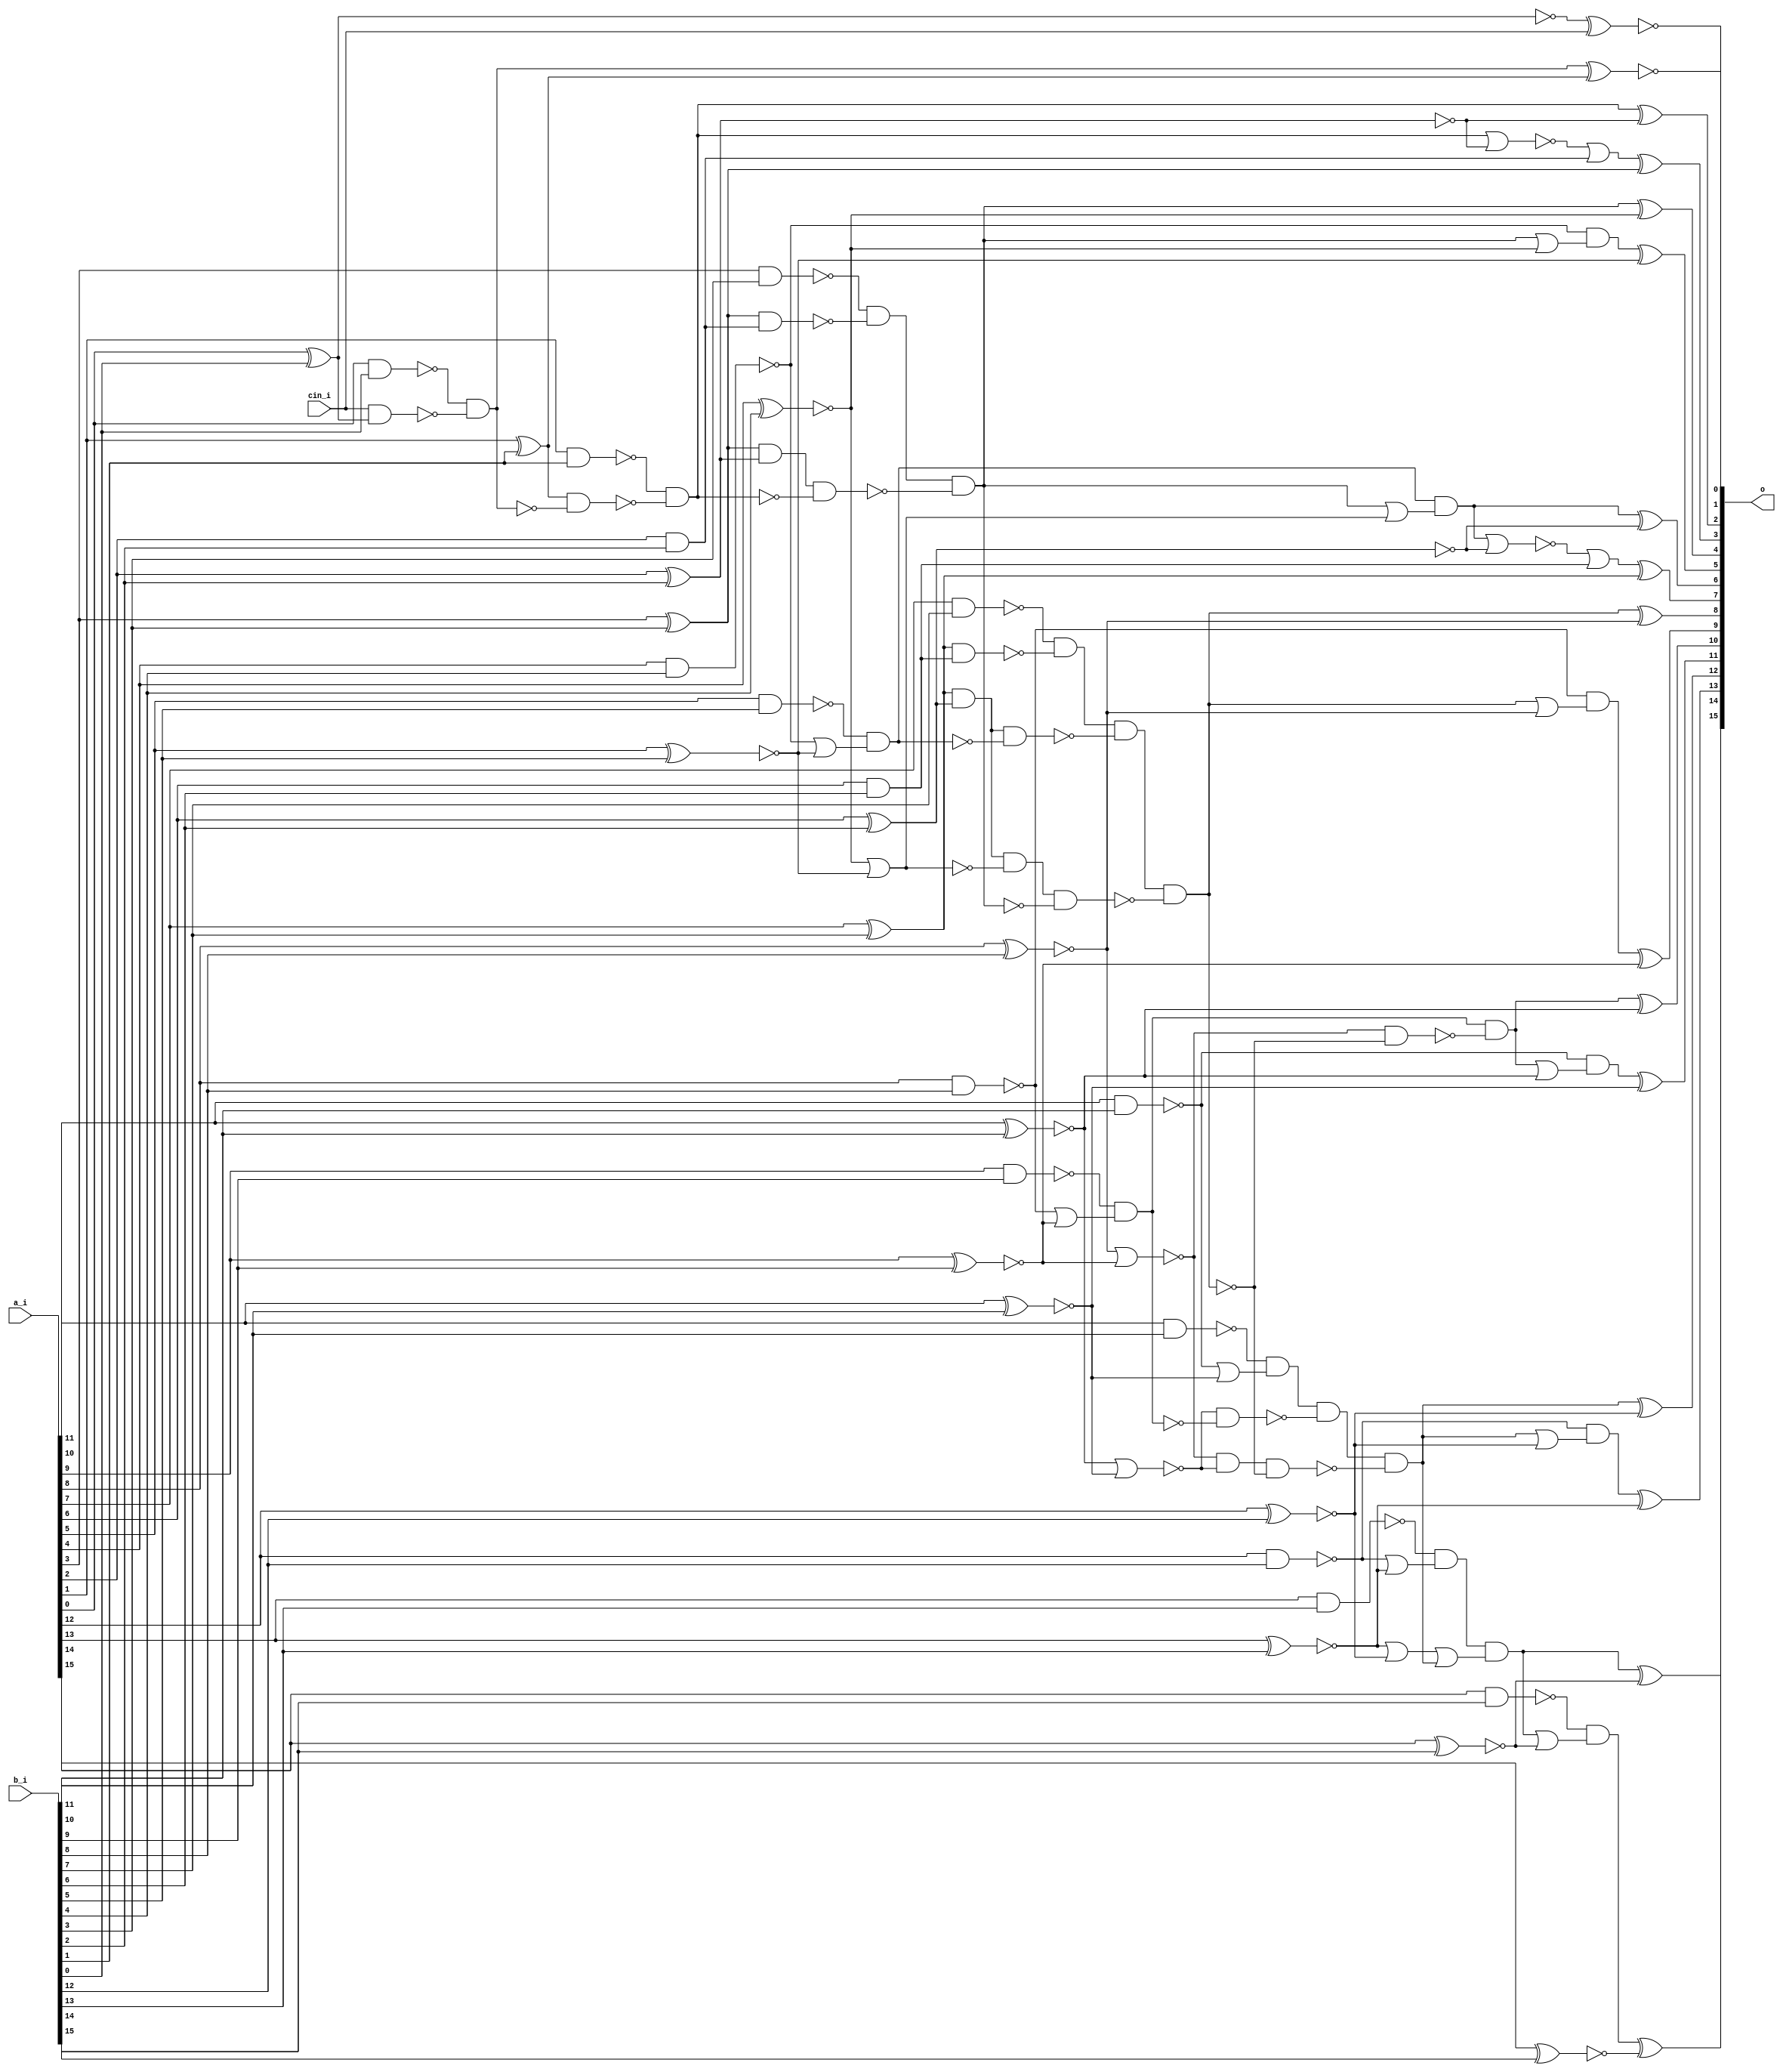
/* Generated by Yosys 0.27+9 (git sha1 101d19bb6, gcc 11.2.0-7ubuntu2 -fPIC -Os) */

(* top =  1  *)

module bsg_adder_cin(a_i, b_i, cin_i, o);
  wire _000_;
  wire _001_;
  wire _002_;
  wire _003_;
  wire _004_;
  wire _005_;
  wire _006_;
  wire _007_;
  wire _008_;
  wire _009_;
  wire _010_;
  wire _011_;
  wire _012_;
  wire _013_;
  wire _014_;
  wire _015_;
  wire _016_;
  wire _017_;
  wire _018_;
  wire _019_;
  wire _020_;
  wire _021_;
  wire _022_;
  wire _023_;
  wire _024_;
  wire _025_;
  wire _026_;
  wire _027_;
  wire _028_;
  wire _029_;
  wire _030_;
  wire _031_;
  wire _032_;
  wire _033_;
  wire _034_;
  wire _035_;
  wire _036_;
  wire _037_;
  wire _038_;
  wire _039_;
  wire _040_;
  wire _041_;
  wire _042_;
  wire _043_;
  wire _044_;
  wire _045_;
  wire _046_;
  wire _047_;
  wire _048_;
  wire _049_;
  wire _050_;
  wire _051_;
  wire _052_;
  wire _053_;
  wire _054_;
  wire _055_;
  wire _056_;
  wire _057_;
  wire _058_;
  wire _059_;
  wire _060_;
  wire _061_;
  wire _062_;
  wire _063_;
  wire _064_;
  wire _065_;
  wire _066_;
  wire _067_;
  wire _068_;
  wire _069_;
  wire _070_;
  wire _071_;
  wire _072_;
  wire _073_;
  wire _074_;
  wire _075_;
  wire _076_;
  wire _077_;
  wire _078_;
  wire _079_;
  wire _080_;
  wire _081_;
  wire _082_;
  wire _083_;
  wire _084_;
  
  input [15:0] a_i;
  wire [15:0] a_i;
  
  input [15:0] b_i;
  wire [15:0] b_i;
  
  input cin_i;
  wire cin_i;
  
  output [15:0] o;
  wire [15:0] o;
  assign _035_ = ~(a_i[12] ^ b_i[12]);
  assign _036_ = ~(a_i[11] & b_i[11]);
  assign _037_ = ~(a_i[11] ^ b_i[11]);
  assign _038_ = ~(a_i[10] & b_i[10]);
  assign _039_ = ~(_038_ | _037_);
  assign _040_ = _036_ & ~(_039_);
  assign _041_ = ~(a_i[10] ^ b_i[10]);
  assign _042_ = ~(_041_ | _037_);
  assign _043_ = ~(a_i[9] & b_i[9]);
  assign _044_ = ~(a_i[9] ^ b_i[9]);
  assign _045_ = ~(a_i[8] & b_i[8]);
  assign _046_ = ~(_045_ | _044_);
  assign _047_ = _043_ & ~(_046_);
  assign _048_ = _042_ & ~(_047_);
  assign _049_ = _040_ & ~(_048_);
  assign _050_ = ~(a_i[8] ^ b_i[8]);
  assign _051_ = ~(_050_ | _044_);
  assign _052_ = _051_ & _042_;
  assign _053_ = ~(a_i[7] & b_i[7]);
  assign _054_ = a_i[7] ^ b_i[7];
  assign _055_ = ~(a_i[6] & b_i[6]);
  assign _056_ = _054_ & ~(_055_);
  assign _057_ = _053_ & ~(_056_);
  assign _058_ = ~(a_i[6] ^ b_i[6]);
  assign _059_ = _054_ & ~(_058_);
  assign _060_ = ~(a_i[5] & b_i[5]);
  assign _061_ = ~(a_i[5] ^ b_i[5]);
  assign _062_ = ~(a_i[4] & b_i[4]);
  assign _063_ = ~(_062_ | _061_);
  assign _064_ = _060_ & ~(_063_);
  assign _065_ = _059_ & ~(_064_);
  assign _066_ = _057_ & ~(_065_);
  assign _067_ = ~(a_i[4] ^ b_i[4]);
  assign _068_ = _067_ | _061_;
  assign _069_ = _059_ & ~(_068_);
  assign _070_ = ~(a_i[3] & b_i[3]);
  assign _071_ = a_i[3] ^ b_i[3];
  assign _072_ = ~(a_i[2] & b_i[2]);
  assign _073_ = _071_ & ~(_072_);
  assign _074_ = _070_ & ~(_073_);
  assign _075_ = ~(a_i[2] ^ b_i[2]);
  assign _076_ = _071_ & ~(_075_);
  assign _077_ = ~(a_i[1] & b_i[1]);
  assign _078_ = a_i[1] ^ b_i[1];
  assign _079_ = ~(a_i[0] & b_i[0]);
  assign _080_ = ~(a_i[0] ^ b_i[0]);
  assign _081_ = cin_i & ~(_080_);
  assign _082_ = _079_ & ~(_081_);
  assign _083_ = _078_ & ~(_082_);
  assign _084_ = _077_ & ~(_083_);
  assign _000_ = _076_ & ~(_084_);
  assign _001_ = _074_ & ~(_000_);
  assign _002_ = _069_ & ~(_001_);
  assign _003_ = _066_ & ~(_002_);
  assign _004_ = _052_ & ~(_003_);
  assign _005_ = _049_ & ~(_004_);
  assign o[12] = _005_ ^ _035_;
  assign _006_ = ~(a_i[13] ^ b_i[13]);
  assign _007_ = ~(a_i[12] & b_i[12]);
  assign _008_ = ~(_005_ | _035_);
  assign _009_ = _007_ & ~(_008_);
  assign o[13] = _009_ ^ _006_;
  assign _010_ = ~(a_i[14] ^ b_i[14]);
  assign _011_ = ~(a_i[13] & b_i[13]);
  assign _012_ = ~(_007_ | _006_);
  assign _013_ = _011_ & ~(_012_);
  assign _014_ = _006_ | _035_;
  assign _015_ = ~(_014_ | _005_);
  assign _016_ = _013_ & ~(_015_);
  assign o[14] = _016_ ^ _010_;
  assign _017_ = ~(a_i[15] ^ b_i[15]);
  assign _018_ = ~(a_i[14] & b_i[14]);
  assign _019_ = ~(_016_ | _010_);
  assign _020_ = _018_ & ~(_019_);
  assign o[15] = _020_ ^ _017_;
  assign o[0] = ~(_080_ ^ cin_i);
  assign o[1] = ~(_082_ ^ _078_);
  assign o[2] = _084_ ^ _075_;
  assign _021_ = ~(_084_ | _075_);
  assign _022_ = _021_ | ~(_072_);
  assign o[3] = _022_ ^ _071_;
  assign o[4] = _001_ ^ _067_;
  assign _023_ = ~(_001_ | _067_);
  assign _024_ = _062_ & ~(_023_);
  assign o[5] = _024_ ^ _061_;
  assign _025_ = ~(_001_ | _068_);
  assign _026_ = _064_ & ~(_025_);
  assign o[6] = _026_ ^ _058_;
  assign _027_ = ~(_026_ | _058_);
  assign _028_ = _027_ | ~(_055_);
  assign o[7] = _028_ ^ _054_;
  assign o[8] = _003_ ^ _050_;
  assign _029_ = ~(_003_ | _050_);
  assign _030_ = _045_ & ~(_029_);
  assign o[9] = _030_ ^ _044_;
  assign _031_ = _051_ & ~(_003_);
  assign _032_ = _047_ & ~(_031_);
  assign o[10] = _032_ ^ _041_;
  assign _033_ = ~(_032_ | _041_);
  assign _034_ = _038_ & ~(_033_);
  assign o[11] = _034_ ^ _037_;
endmodule